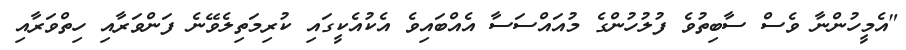
"އެމީހުންނާ ވެސް ސާބިތުވެ ފުލުހުންގެ މުއައްސަސާ އެއްބައިވެ އެކުއެކީގައި ކުރިމަތިލެވޭނެ ފަންވަރާއި ހިތްވަރާއި